Reports on dispensaries and lunatic asylums in the Province of Oudh - 1869-1876
Year: 1869
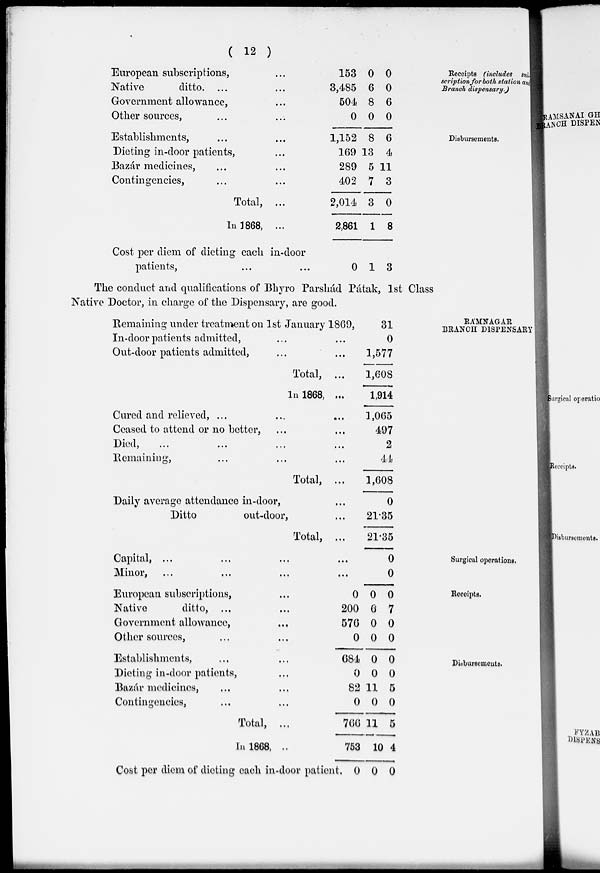
( 12 )
Receipts (includes sub
scription for both station and
Branch dispensary.)
European subscriptions, ...
Native
ditto. ... ...
Government allowance, ...
Other sources, ... ...
153
3,485
504
0
0
6
8
0
0
0
6
0
Disbursements.
Establishments, ... ...
Dieting in-door patients, ...
Bazar medicines, ... ...
Contingencies, ... ...
Total, ...
In 1868, ...
Cost per diem of dieting each in-door
patients, ... ...
1,152
169
289
402
2,014
2,861
0
8
13
5
7
3
1
1
6
4
11
3
0
8
3
The conduct and qualifications of Bhyro Parshád Pátak, 1st Class
Native Doctor, in charge of the Dispensary, are good.
RAMNAGAR
BRANCH DISPENSARY
Remaining under treatment on 1st January 1869,
In-door patients admitted, ... ...
Out-door patients admitted, ... ...
Total, ...
In 1868, ...
Cured and relieved,
...
...
...
Ceased to attend or no better, ... ...
Died, ... ... ... ... ...
Remaining, ... ... ... ...
Total, ...
Daily average attendance in-door, ...
Ditto
out-door, ...
Total, ...
31
0
1,577
1,608
1,914
1,065
497
2
44
1,608
0
21.35
21.35
Surgical operations.
Capital, ... ... ... ...
Minor, ... ... ... ...
0
0
Receipts.
European subscriptions, ...
Native
ditto, ... ... ...
Government allowance, ...
Other sources, ... ... ...
0
200
576
0
0
6
0
0
0
7
0
0
Disbursements.
Establishments, ... ...
Dieting in-door patients, ...
Bazar medicines, ... ...
Contingencies, ... ...
Total, ...
In 1868, ..
Cost per diem of dieting each in-door patient.
684
0
82
0
766
753
0
0
0
11
0
11
10
0
0
0
5
0
5
4
0